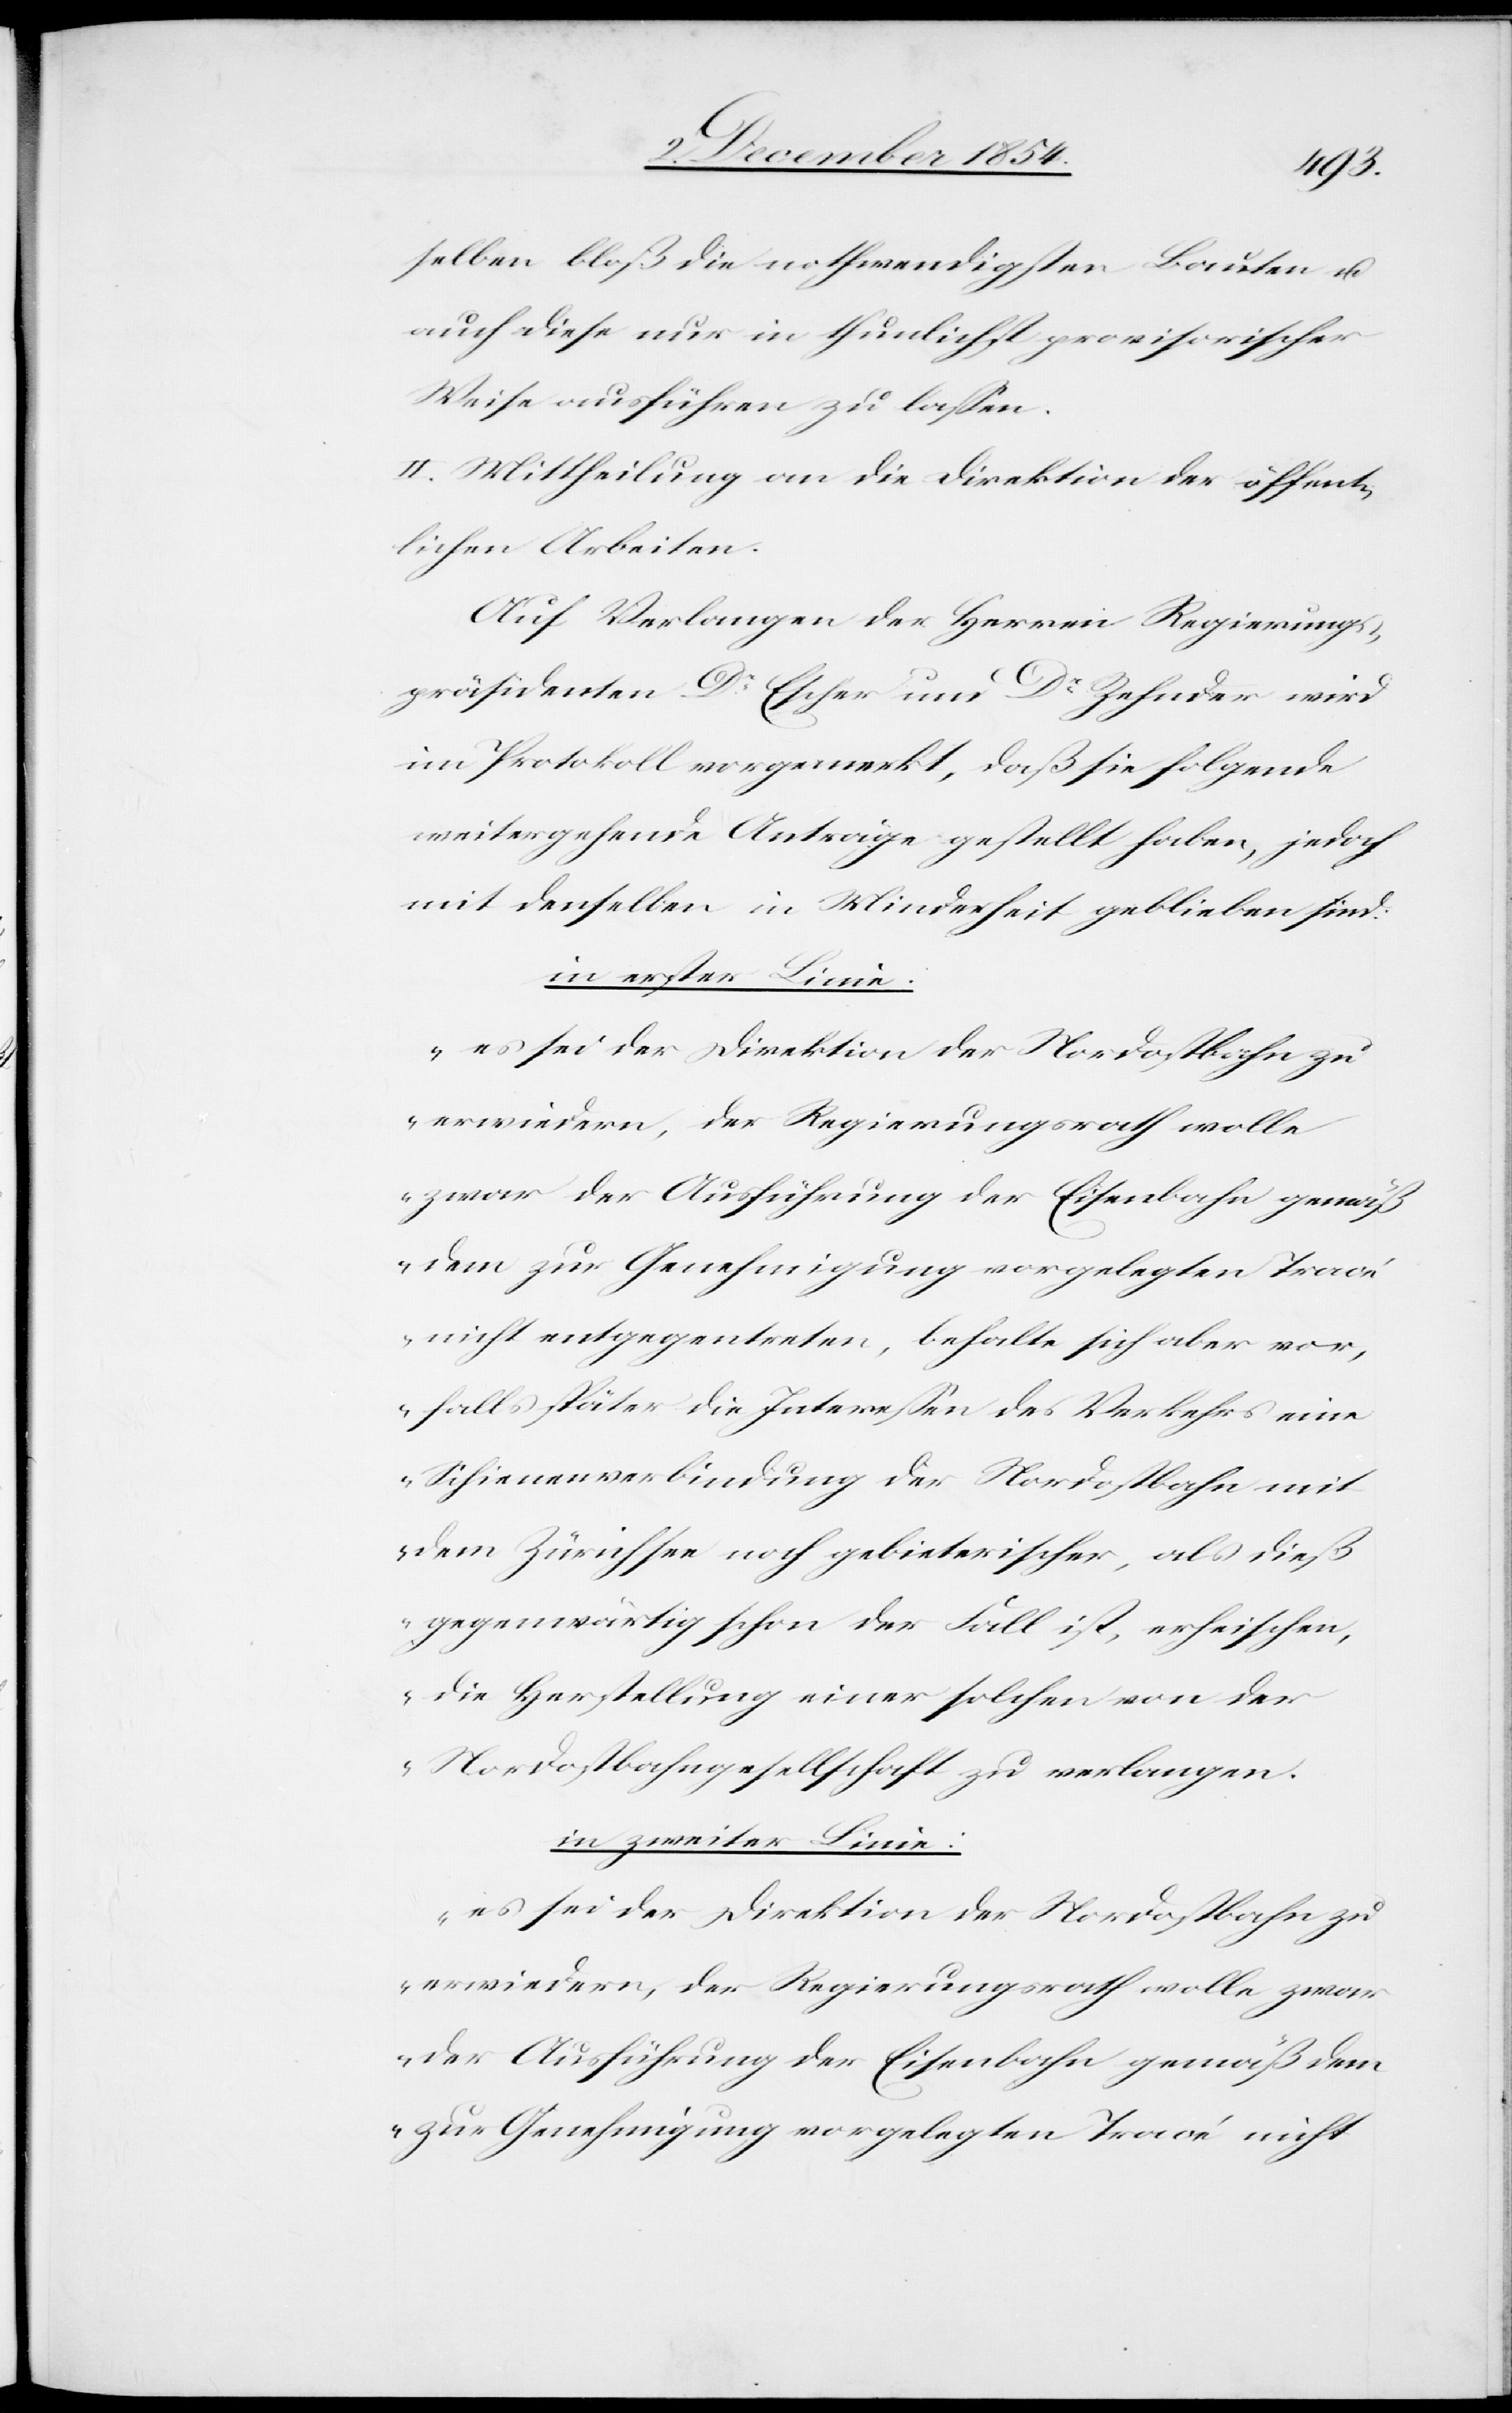
selben bloß die nothwendigsten Bauten u.
auch diese nur in thunlichst provisorischer
Weise ausführen zu laßen.
II. Mittheilung an die Direktion der öffent¬
lichen Arbeiten.
Auf Verlangen der Herren Regierungs¬
präsidenten Dr Escher und Dr Zehnder wird
im Protokoll vorgemerkt, daß sie folgende
weitergehende Anträge gestellt haben, jedoch
mit denselben in Minderheit geblieben sind.
in erster Linie:
„es sei der Direktion der Nordostbahn zu
erwiedern, der Regierungsrath wolle
zwar der Ausführung der Eisenbahn gemäß
dem zur Genehmigung vorgelegten Tracé
nicht entgegentreten, behalte sich aber vor,
falls später die Intereßen des Verkehrs eine
Schienenverbindung der Nordostbahn mit
dem Zürichsee noch gebieterischer, als dieß
gegenwärtig schon der Fall ist, erheischen,
die Herstellung einer solchen von der
Nordostbahngesellschaft zu verlangen.
in zweiter Linie:
es sei der Direktion der Nordostbahn zu
erwiedern, der Regierungsrath wolle zwar
der Ausführung der Eisenbahn gemäß dem
zur Genehmigung vorgelegten Tracé nicht